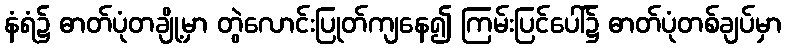
နံရံ၌ ဓာတ်ပုံတချို့မှာ တွဲလောင်းပြုတ်ကျနေ၍ ကြမ်းပြင်ပေါ်၌ ဓာတ်ပုံတစ်ချပ်မှာ